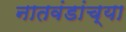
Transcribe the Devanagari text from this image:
नातवंडांच्या